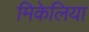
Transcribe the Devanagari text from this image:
मिकेलिया